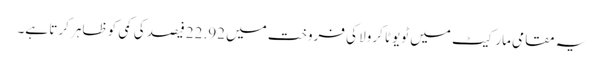
یہ مقامی مارکیٹ میں ٹویوٹا کرولا کی فروخت میں 22.92 فیصد کی کمی کو ظاہر کرتا ہے۔